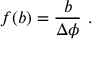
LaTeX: f ( b ) = \frac { b } { \Delta \phi } \ .